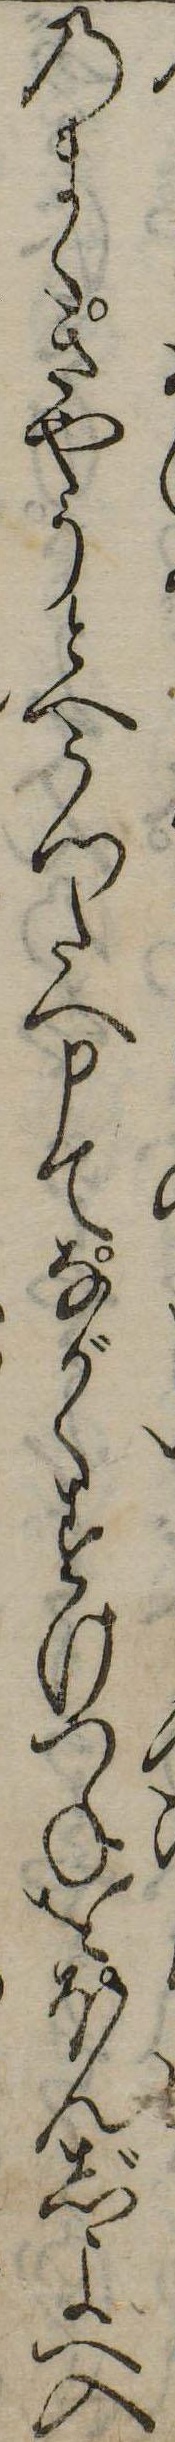
のまゝさやうとへうつたへ申てながくすけつねをほんじよへ入